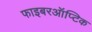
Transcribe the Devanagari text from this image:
फाइबरऑप्टिक